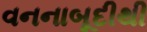
વનનાબૂદીથી